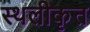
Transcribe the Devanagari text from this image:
स्थलीकृत